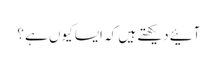
آئیے دیکھتے ہیں کہ ایسا کیوں ہے ؟